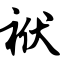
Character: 袱